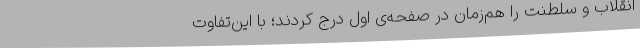
انقلاب‌ و سلطنت‌ را هم‌زمان‌ در صفحه‌ی‌ اول‌ درج‌ کردند؛ با این‌تفاوت‌